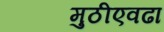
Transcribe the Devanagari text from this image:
मुठीएवढा